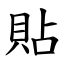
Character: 貼